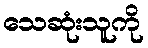
သေဆုံးသူကို